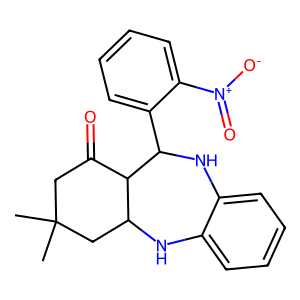
SMILES: CC1(C)CC(=O)C2C(C1)Nc1ccccc1NC2c1ccccc1[N+](=O)[O-]
Inhibits HIV replication: No